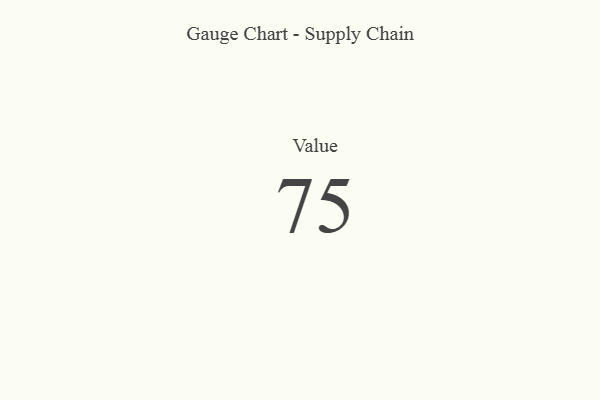
{"axis": {"x": "Metric", "y": "Value"}, "legend": [""], "data": [{"x": "Value", "y": 75, "type": ""}]}